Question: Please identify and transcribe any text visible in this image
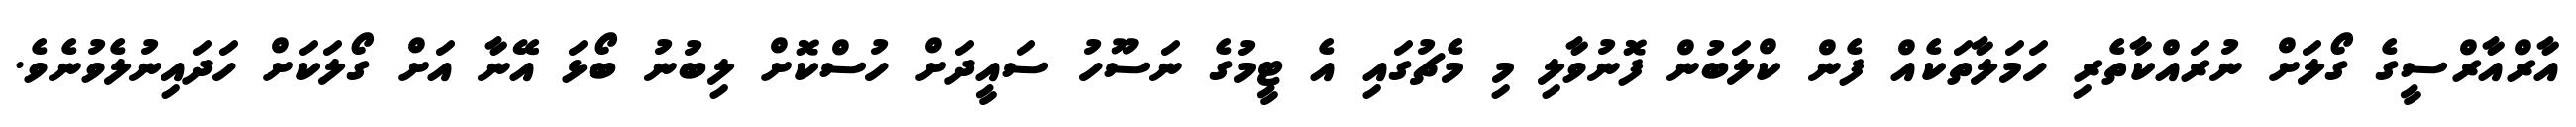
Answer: އާރްއާރްސީގެ ގޯލަށް ނުރައްކާތެރި ހަމަލާތަކެއް ފެން ކްލަބުން ފޮނުވާލި މި މެޗުގައި އެ ޓީމުގެ ނަސޫހު ސައީދަށް ހުސްކޮށް ލިބުނު ބޯޅަ އޭނާ އަށް ގޯލަކަށް ހަދައިނުލެވުނެވެ.